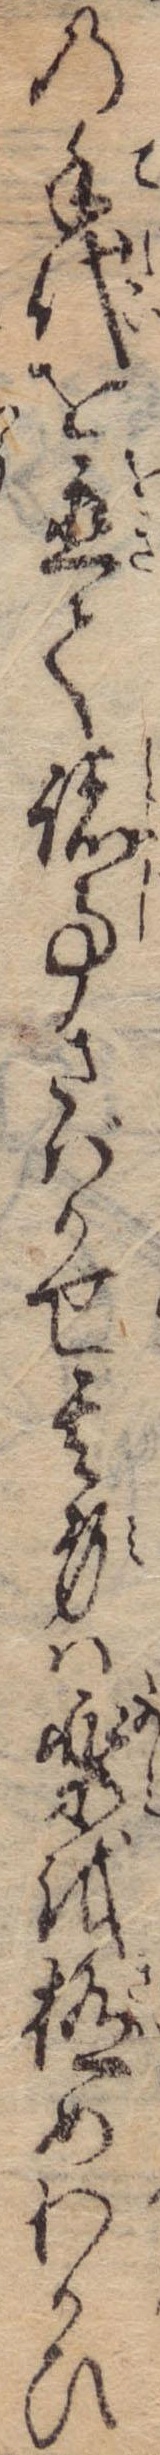
の手代を置て諸事さばかせ其身は楽を極めわかひ